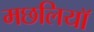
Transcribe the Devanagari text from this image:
मछलियाॅ